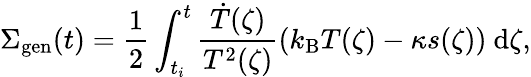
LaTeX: \Sigma_{\mathrm{gen}}(t)=\frac{1}{2}\int_{t_{i}}^{t}\frac{\dot{T}(\zeta)}{T^{2}(\zeta)}\left(k_{\mathrm{B}}T(\zeta)-\kappa s(\zeta)\right)\ \mathrm{d}\zeta,